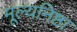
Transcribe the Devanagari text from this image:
मूल्यनिष्ठा